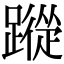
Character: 𮜕